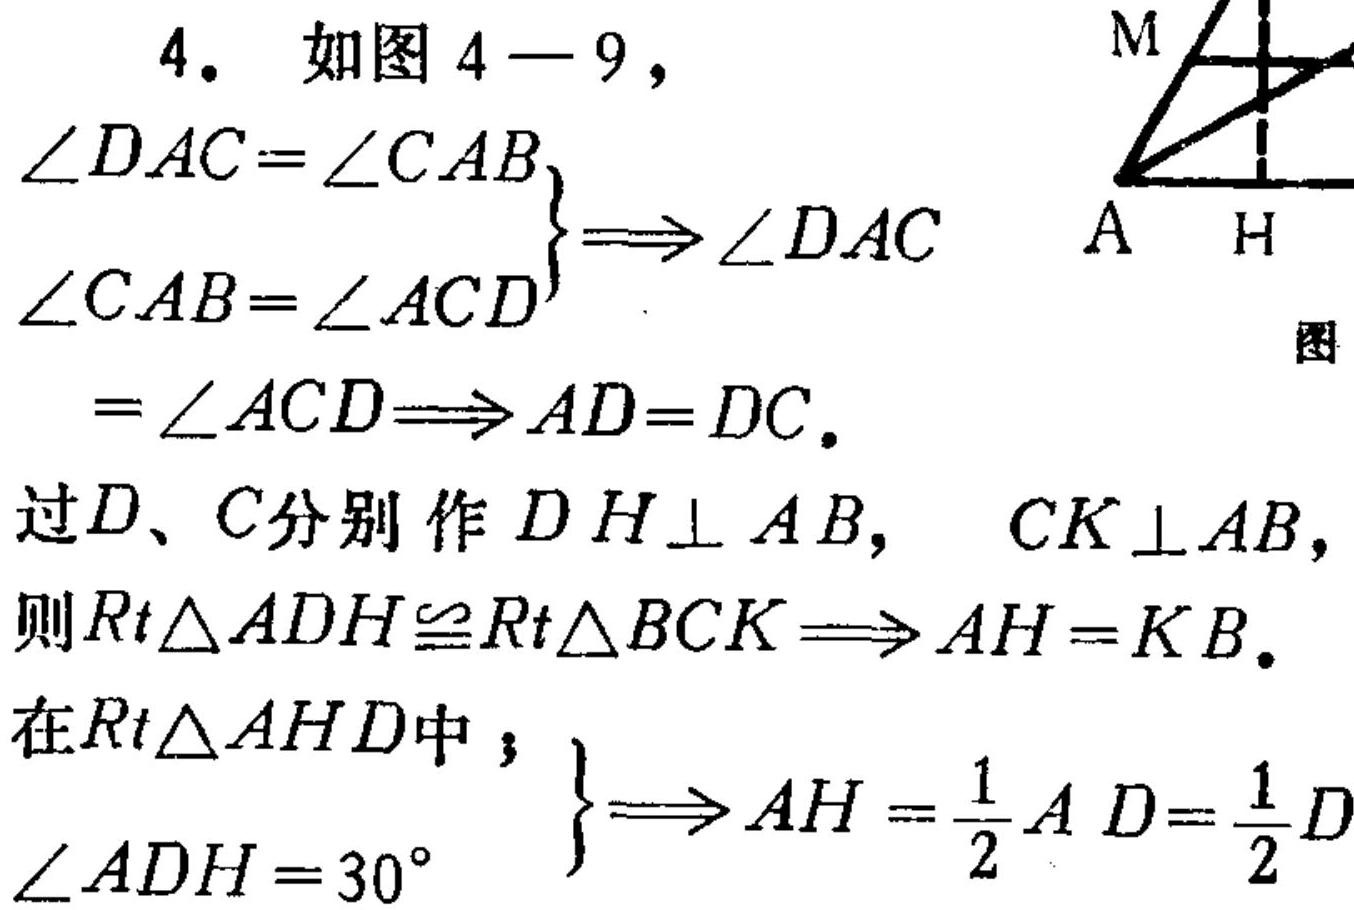
4. 如图4 - 9，
$\left.\begin{array}{l}
\angle DAC = \angle CAB\\
\angle CAB=\angle ACD
\end{array}\right\}
\Rightarrow\angle DAC
=\angle ACD\Rightarrow AD = DC.$
过$D、C$分别作$DH\perp AB$，$CK\perp AB$，
则$Rt\triangle ADH\cong Rt\triangle BCK\Rightarrow AH = KB.$
在$Rt\triangle AHD$中；
$\left.\begin{array}{l}
\\
\angle ADH = 30^{\circ}
\end{array}\right\}
\Rightarrow AH=\frac{1}{2}AD=\frac{1}{2}D$